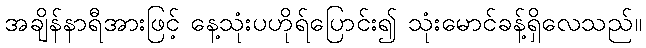
အချိန်နာရီအားဖြင့် နေ့သုံးပဟိုရ်ပြောင်း၍ သုံးမောင်ခန့်ရှိလေသည်။